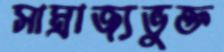
সাম্রাজ্যভুক্ত